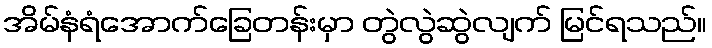
အိမ်နံရံအောက်ခြေတန်းမှာ တွဲလွဲဆွဲလျက် မြင်ရသည်။